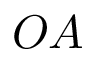
O A